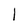
Character: l